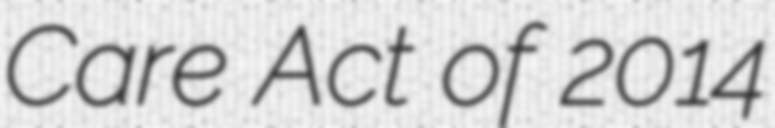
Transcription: Care Act of 2014